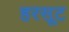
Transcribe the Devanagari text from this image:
हरसूट